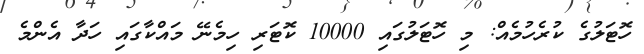
ހޮޓަލުގެ ކުރެހުމެއް: މި ހޮޓަލުގައި 10000 ކޮޓަރި ހިމެނޭ މައްކާގައި ހަދާ އެންމެ